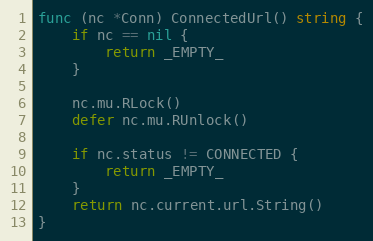
Language: Go
func (nc *Conn) ConnectedUrl() string {
	if nc == nil {
		return _EMPTY_
	}

	nc.mu.RLock()
	defer nc.mu.RUnlock()

	if nc.status != CONNECTED {
		return _EMPTY_
	}
	return nc.current.url.String()
}